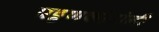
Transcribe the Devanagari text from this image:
पट्टणकोडोली